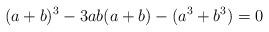
LaTeX: \begin{align*}(a+b)^3 - 3ab(a+b) - (a^3 + b^3) = 0\end{align*}